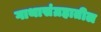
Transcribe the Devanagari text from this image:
गाथासंग्रहातील